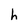
Character: h